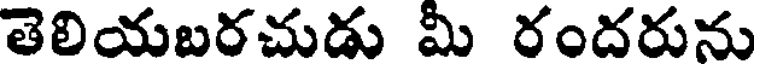
తెలియబరచుడు మి రందరును